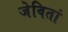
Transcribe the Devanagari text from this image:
जेवितां